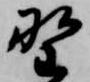
野